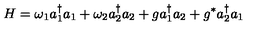
H = \omega _ { 1 } a _ { 1 } ^ { \dagger } a _ { 1 } + \omega _ { 2 } a _ { 2 } ^ { \dagger } a _ { 2 } + g a _ { 1 } ^ { \dagger } a _ { 2 } + g ^ { * } a _ { 2 } ^ { \dagger } a _ { 1 }